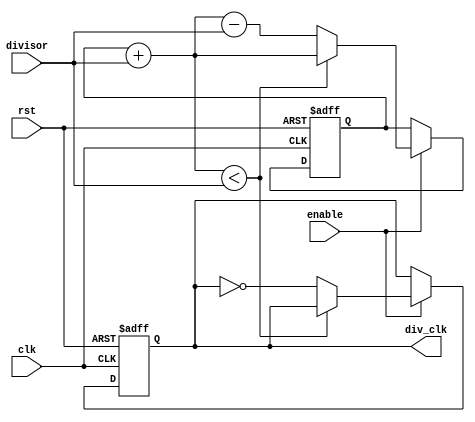
module floating_point_clock_divider (
    input wire clk,
    input wire rst,
    input wire enable,
    input wire [31:0] divisor,
    output reg div_clk
);

reg [31:0] count;
reg [31:0] accumulator;

always @(posedge clk or posedge rst) begin
    if (rst) begin
        count <= 0;
        accumulator <= 0;
        div_clk <= 0;
    end else if (enable) begin
        if (accumulator + divisor < divisor) begin
            accumulator <= accumulator + divisor;
            count <= count + 1;
        end else begin
            accumulator <= accumulator + divisor - divisor;
            count <= 0;
            div_clk <= ~div_clk;
        end
    end
end

endmodule